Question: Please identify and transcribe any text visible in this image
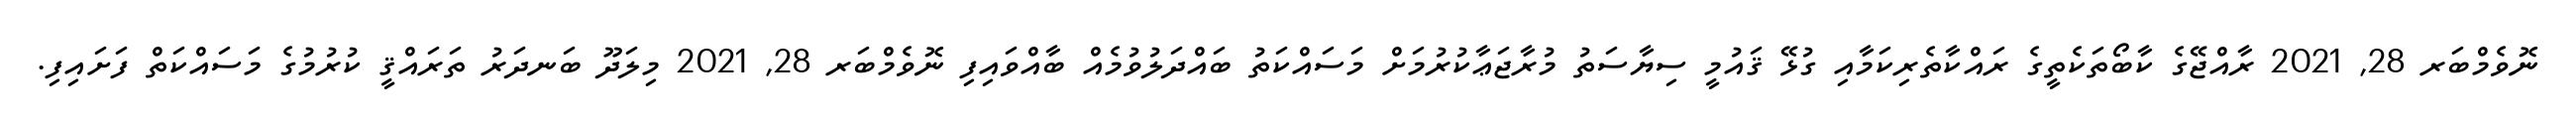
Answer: ނޮވެމްބަރ 28, 2021 ރާއްޖޭގެ ކާބޯތަކެތީގެ ރައްކާތެރިކަމާއި ގުޅޭ ޤައުމީ ސިޔާސަތު މުރާޖަޢާކުރުމަށް މަސައްކަތު ބައްދަލުވުމެއް ބާއްވައިފި ނޮވެމްބަރ 28, 2021 މިލަދޫ ބަނދަރު ތަރައްޤީ ކުރުމުގެ މަސައްކަތް ފަށައިފި.